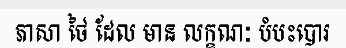
ភាសា ថៃ ដែល មាន លក្ខណៈ បំបះបោរ